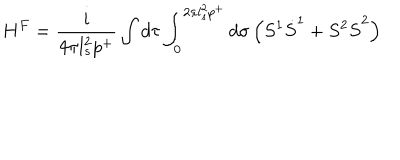
LaTeX: H ^ { F } = \frac { i } { 4 \pi l _ { s } ^ { 2 } p ^ { + } } \int d \tau \int _ { 0 } ^ { 2 \pi l _ { s } ^ { 2 } p ^ { + } } d \sigma \left( S ^ { 1 } \dot { S } ^ { 1 } + S ^ { 2 } \dot { S } ^ { 2 } \right)